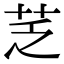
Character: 䒦